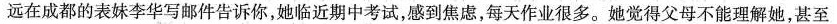
远在成都的表妹李华写邮件告诉你，她临近期中考试，感到焦虑，每天作业很多。她觉得父母不能理解她，甚至